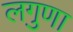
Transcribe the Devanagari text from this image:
लगुणा